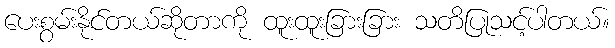
ပေးစွမ်းနိုင်တယ်ဆိုတာကို ထူးထူးခြားခြား သတိပြုသင့်ပါတယ်။